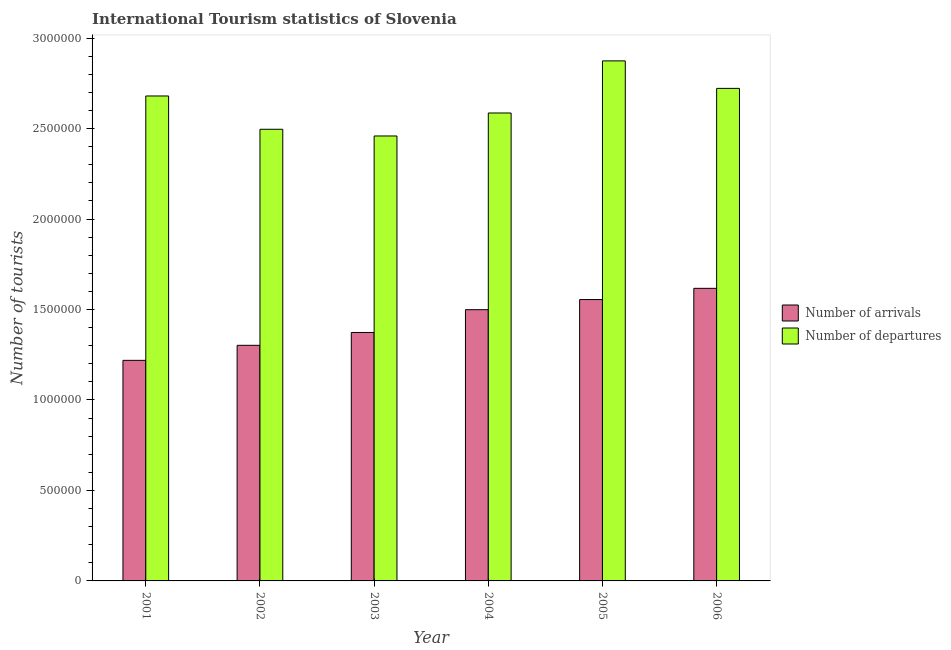
| Year | Number of arrivals | Number of departures |
 | --- | --- | --- |
 | 2001 | 1.22e+06 | 2.68e+06 |
 | 2002 | 1.3e+06 | 2.5e+06 |
 | 2003 | 1.37e+06 | 2.46e+06 |
 | 2004 | 1.5e+06 | 2.59e+06 |
 | 2005 | 1.56e+06 | 2.87e+06 |
 | 2006 | 1.62e+06 | 2.72e+06 |